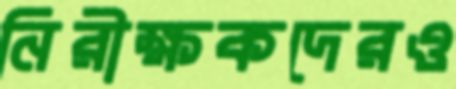
নিরীক্ষকদেরও